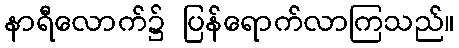
နာရီလောက်၌ ပြန်ရောက်လာကြသည်။